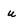
Character: u